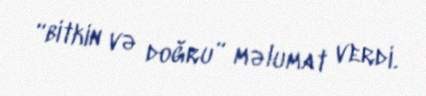
“bitkin və doğru” məlumat verdi.